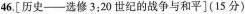
46，[历史——选修3:20世纪的战争与和平](15分)